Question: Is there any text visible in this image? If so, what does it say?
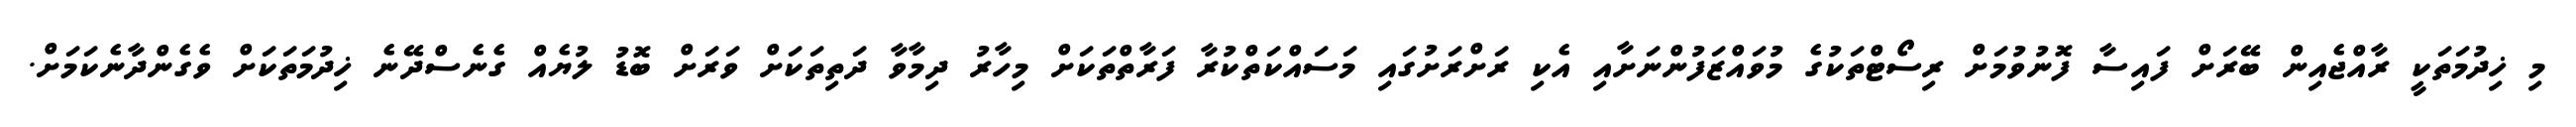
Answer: މި ޚިދުމަތަކީ ރާއްޖެއިން ބޭރަށް ފައިސާ ފޮނުވުމަށް ރިސޯޓްތަކުގެ މުވައްޒަފުންނަށާއި އެކި ރަށްރަށުގައި މަސައްކަތްކުރާ ފަރާތްތަކަށް މިހާރު ދިމާވާ ދަތިތަކަށް ވަރަށް ބޮޑު ލުޔެއް ގެނެސްދޭނެ ޚިދުމަތަކަށް ވެގެންދާނެކަމަށް.